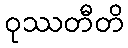
ဝုဿတီတိ